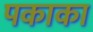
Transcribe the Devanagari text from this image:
पकाका